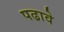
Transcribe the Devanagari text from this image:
पढावे